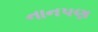
નાનપણ